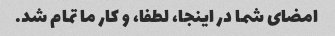
امضای شما در اینجا، لطفا، و کار ما تمام شد.